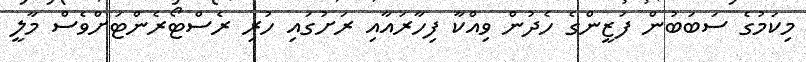
މިކަމުގެ ސަބަބުން ފަޒީންގެ ހެދުން ވިއްކާ ފިހާރައާއި ރަށުގައި ހުރި ރެސްޓޯރެންޓަށްވެސް މާލީ